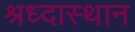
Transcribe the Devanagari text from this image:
श्रध्दास्थान